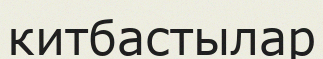
китбастылар